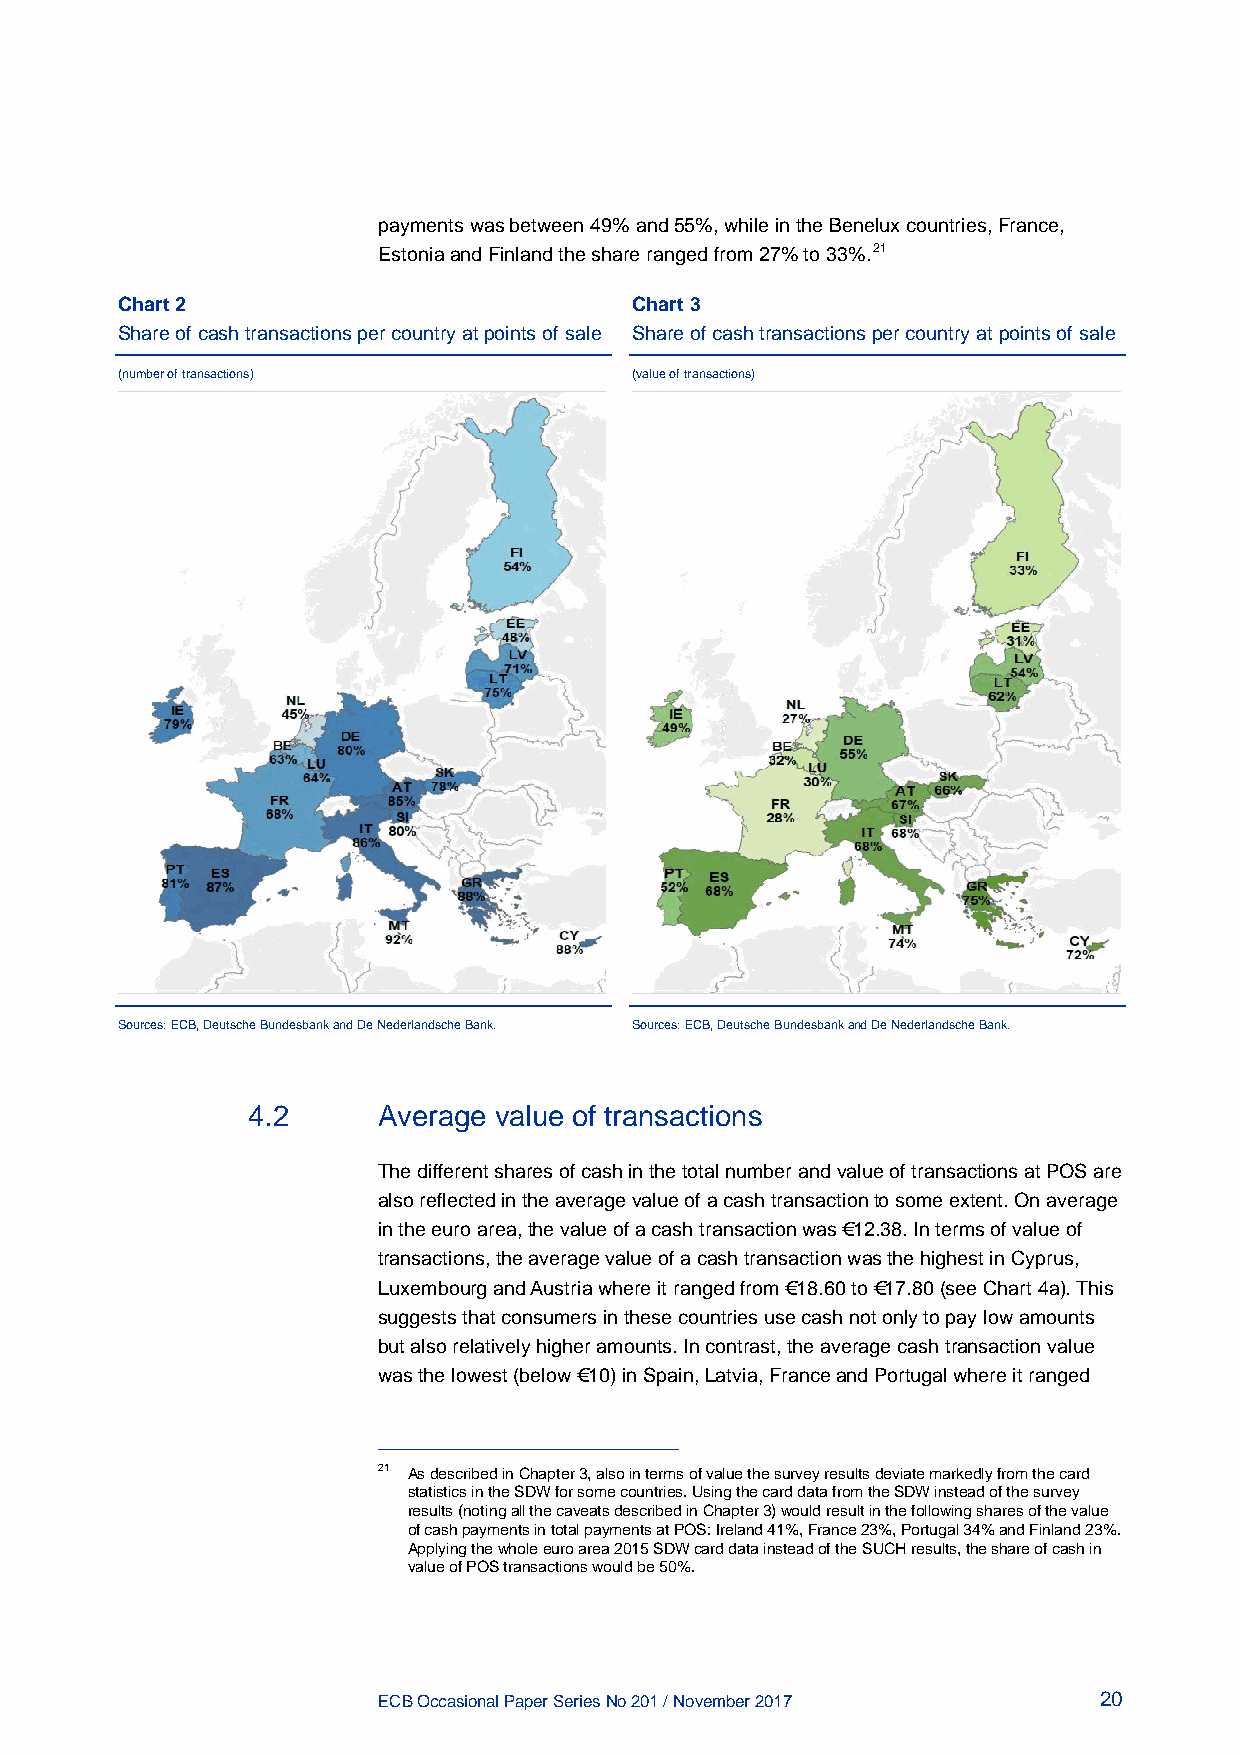
payments was between 49% and 55%, while in the Benelux countries, France,
 Estonia and Finland the share ranged from 27% to 33%.21
 Chart 2                           Chart 3
 Share of cash transactions per country at points of sale Share of cash transactions per country at points of sale
 (number of transactions)          (value of transactions)
 Sources: ECB, Deutsche Bundesbank and De Nederlandsche Bank. Sources: ECB, Deutsche Bundesbank and De Nederlandsche Bank.
 4.2      Average value of transactions
 The different shares of cash in the total number and value of transactions at POS are
 also reflected in the average value of a cash transaction to some extent. On average
 in the euro area, the value of a cash transaction was €12.38. In terms of value of
 transactions, the average value of a cash transaction was the highest in Cyprus,
 Luxembourg and Austria where it ranged from €18.60 to €17.80 (see Chart 4a). This
 suggests that consumers in these countries use cash not only to pay low amounts
 but also relatively higher amounts. In contrast, the average cash transaction value
 was the lowest (below €10) in Spain, Latvia, France and Portugal where it ranged
 21 As described in Chapter 3, also in terms of value the survey results deviate markedly from the card
 statistics in the SDW for some countries. Using the card data from the SDW instead of the survey
 results (noting all the caveats described in Chapter 3) would result in the following shares of the value
 of cash payments in total payments at POS: Ireland 41%, France 23%, Portugal 34% and Finland 23%.
 Applying the whole euro area 2015 SDW card data instead of the SUCH results, the share of cash in
 value of POS transactions would be 50%.
 ECB Occasional Paper Series No 201 / November 2017 20